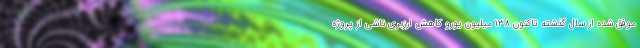
موفق شده از سال گذشته تاکنون ۱۳۸ میلیون یورو کاهش ارزبری ناشی از پروژه